Report of the Municipal Commissioner on the plague in Bombay for the year ending 31st May... - Volume 3
Disease focus: Plague
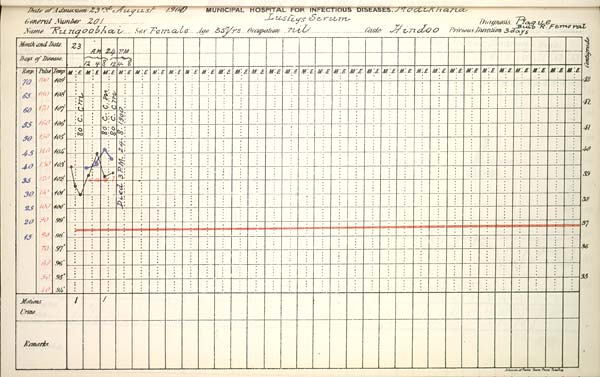
Date
of
Admission
1900
MUNICIPAL
HOSPITAL
FOR
INFECTIOUS
DISEASES.
General
Number
Diagnosis
Name
Sex
Age
Occupation
Caste
Previous
Duration